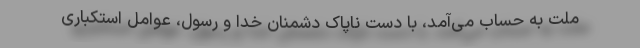
ملت به حساب می‌آمد، با دست ناپاک دشمنان خدا و رسول، عوامل استکباری